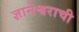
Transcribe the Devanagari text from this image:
ज्ञानेश्वराची